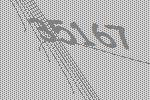
35167